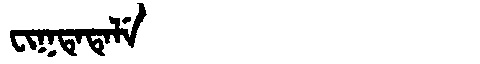
Manchu: ᠸᡳᡴᡨᡝᡨᡝᠯᡝ
Romanization: FIKTETELE